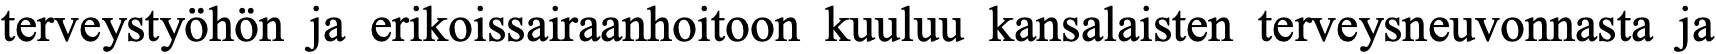
terveystyöhön ja erikoissairaanhoitoon kuuluu kansalaisten terveysneuvonnasta ja